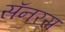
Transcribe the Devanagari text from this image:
सॅनरस